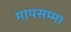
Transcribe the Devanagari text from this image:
मायसम्मा